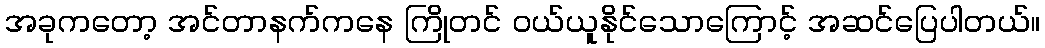
အခုကတော့ အင်တာနက်ကနေ ကြိုတင် ဝယ်ယူနိုင်သောကြောင့် အဆင်ပြေပါတယ်။